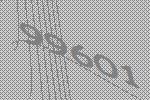
99601